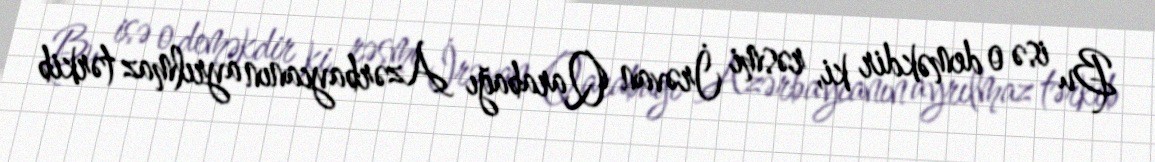
Bu isə o deməkdir ki, rəsmi İrəvan Qarabağı Azərbaycanın ayrılmaz tərkib